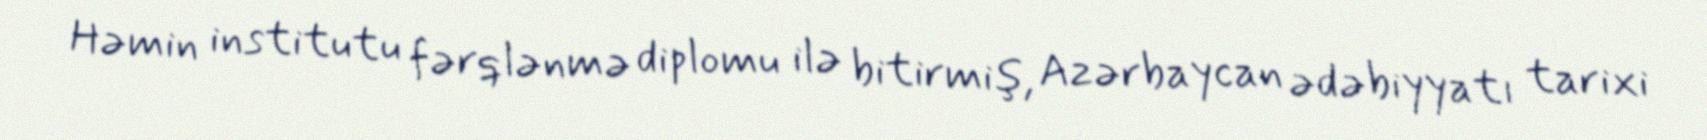
Həmin institutu fərqlənmə diplomu ilə bitirmiş, Azərbaycan ədəbiyyatı tarixi